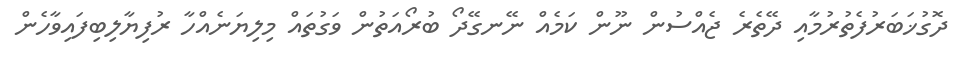
ދޮގުޚަބަރުފެތުރުމާއި ދޭތެރެ ޖެއްސުން ނޫން ކަމެއް ނޭނގޭދޯ ބުރޯއަތުން ވަގުތައް މިލިޔަނެއްހާ ރުފިޔާލިބިފައިވާހެން